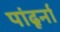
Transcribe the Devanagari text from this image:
पांढूर्ना